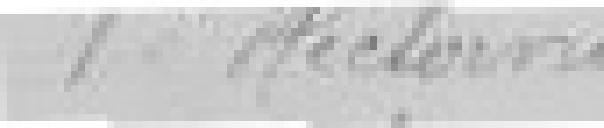
Veuve Hedorne